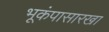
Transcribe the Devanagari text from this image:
भूकंपासारखा